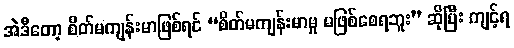
အဲဒီတော့ စိတ်မကျန်းမာဖြစ်ရင် “စိတ်မကျန်းမာမှု မဖြစ်စေရဘူး” ဆိုပြီး ကျင့်ရ